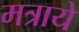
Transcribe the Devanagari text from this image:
मत्रायें